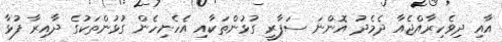
އާއި ދިވެހިރާއްޖެއާ ދެމެދު އޮންނަ ސަފާރީ ގުޅުންތަކާއި އެހެނިހެން ގުޅުންތަކުގެ ދާއިރާ ފުޅާ